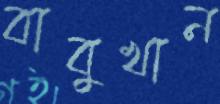
বাবুখান